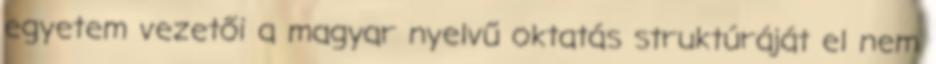
egyetem vezetői a magyar nyelvű oktatás struktúráját el nem